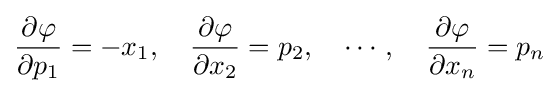
{\frac {\partial \varphi }{\partial p_{1}}}=-x_{1},\quad {\frac {\partial \varphi }{\partial x_{2}}}=p_{2},\quad \cdots ,\quad {\frac {\partial \varphi }{\partial x_{n}}}=p_{n}